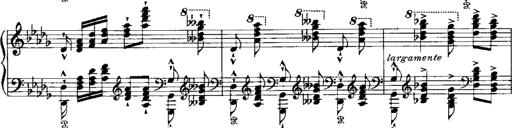
Title: RÃ©miniscences de 'Lucia di Lammermoor'
Composer: Franz Liszt